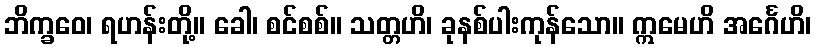
ဘိက္ခဝေ၊ ရဟန်းတို့။ ခေါ၊ စင်စစ်။ သတ္တဟိ၊ ခုနစ်ပါးကုန်သော။ ဣမေဟိ အင်္ဂေဟိ၊